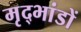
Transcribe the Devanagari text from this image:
मृद्भांडों